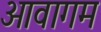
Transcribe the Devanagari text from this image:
आवागम